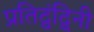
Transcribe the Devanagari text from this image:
प्रतिद्वंद्विनी